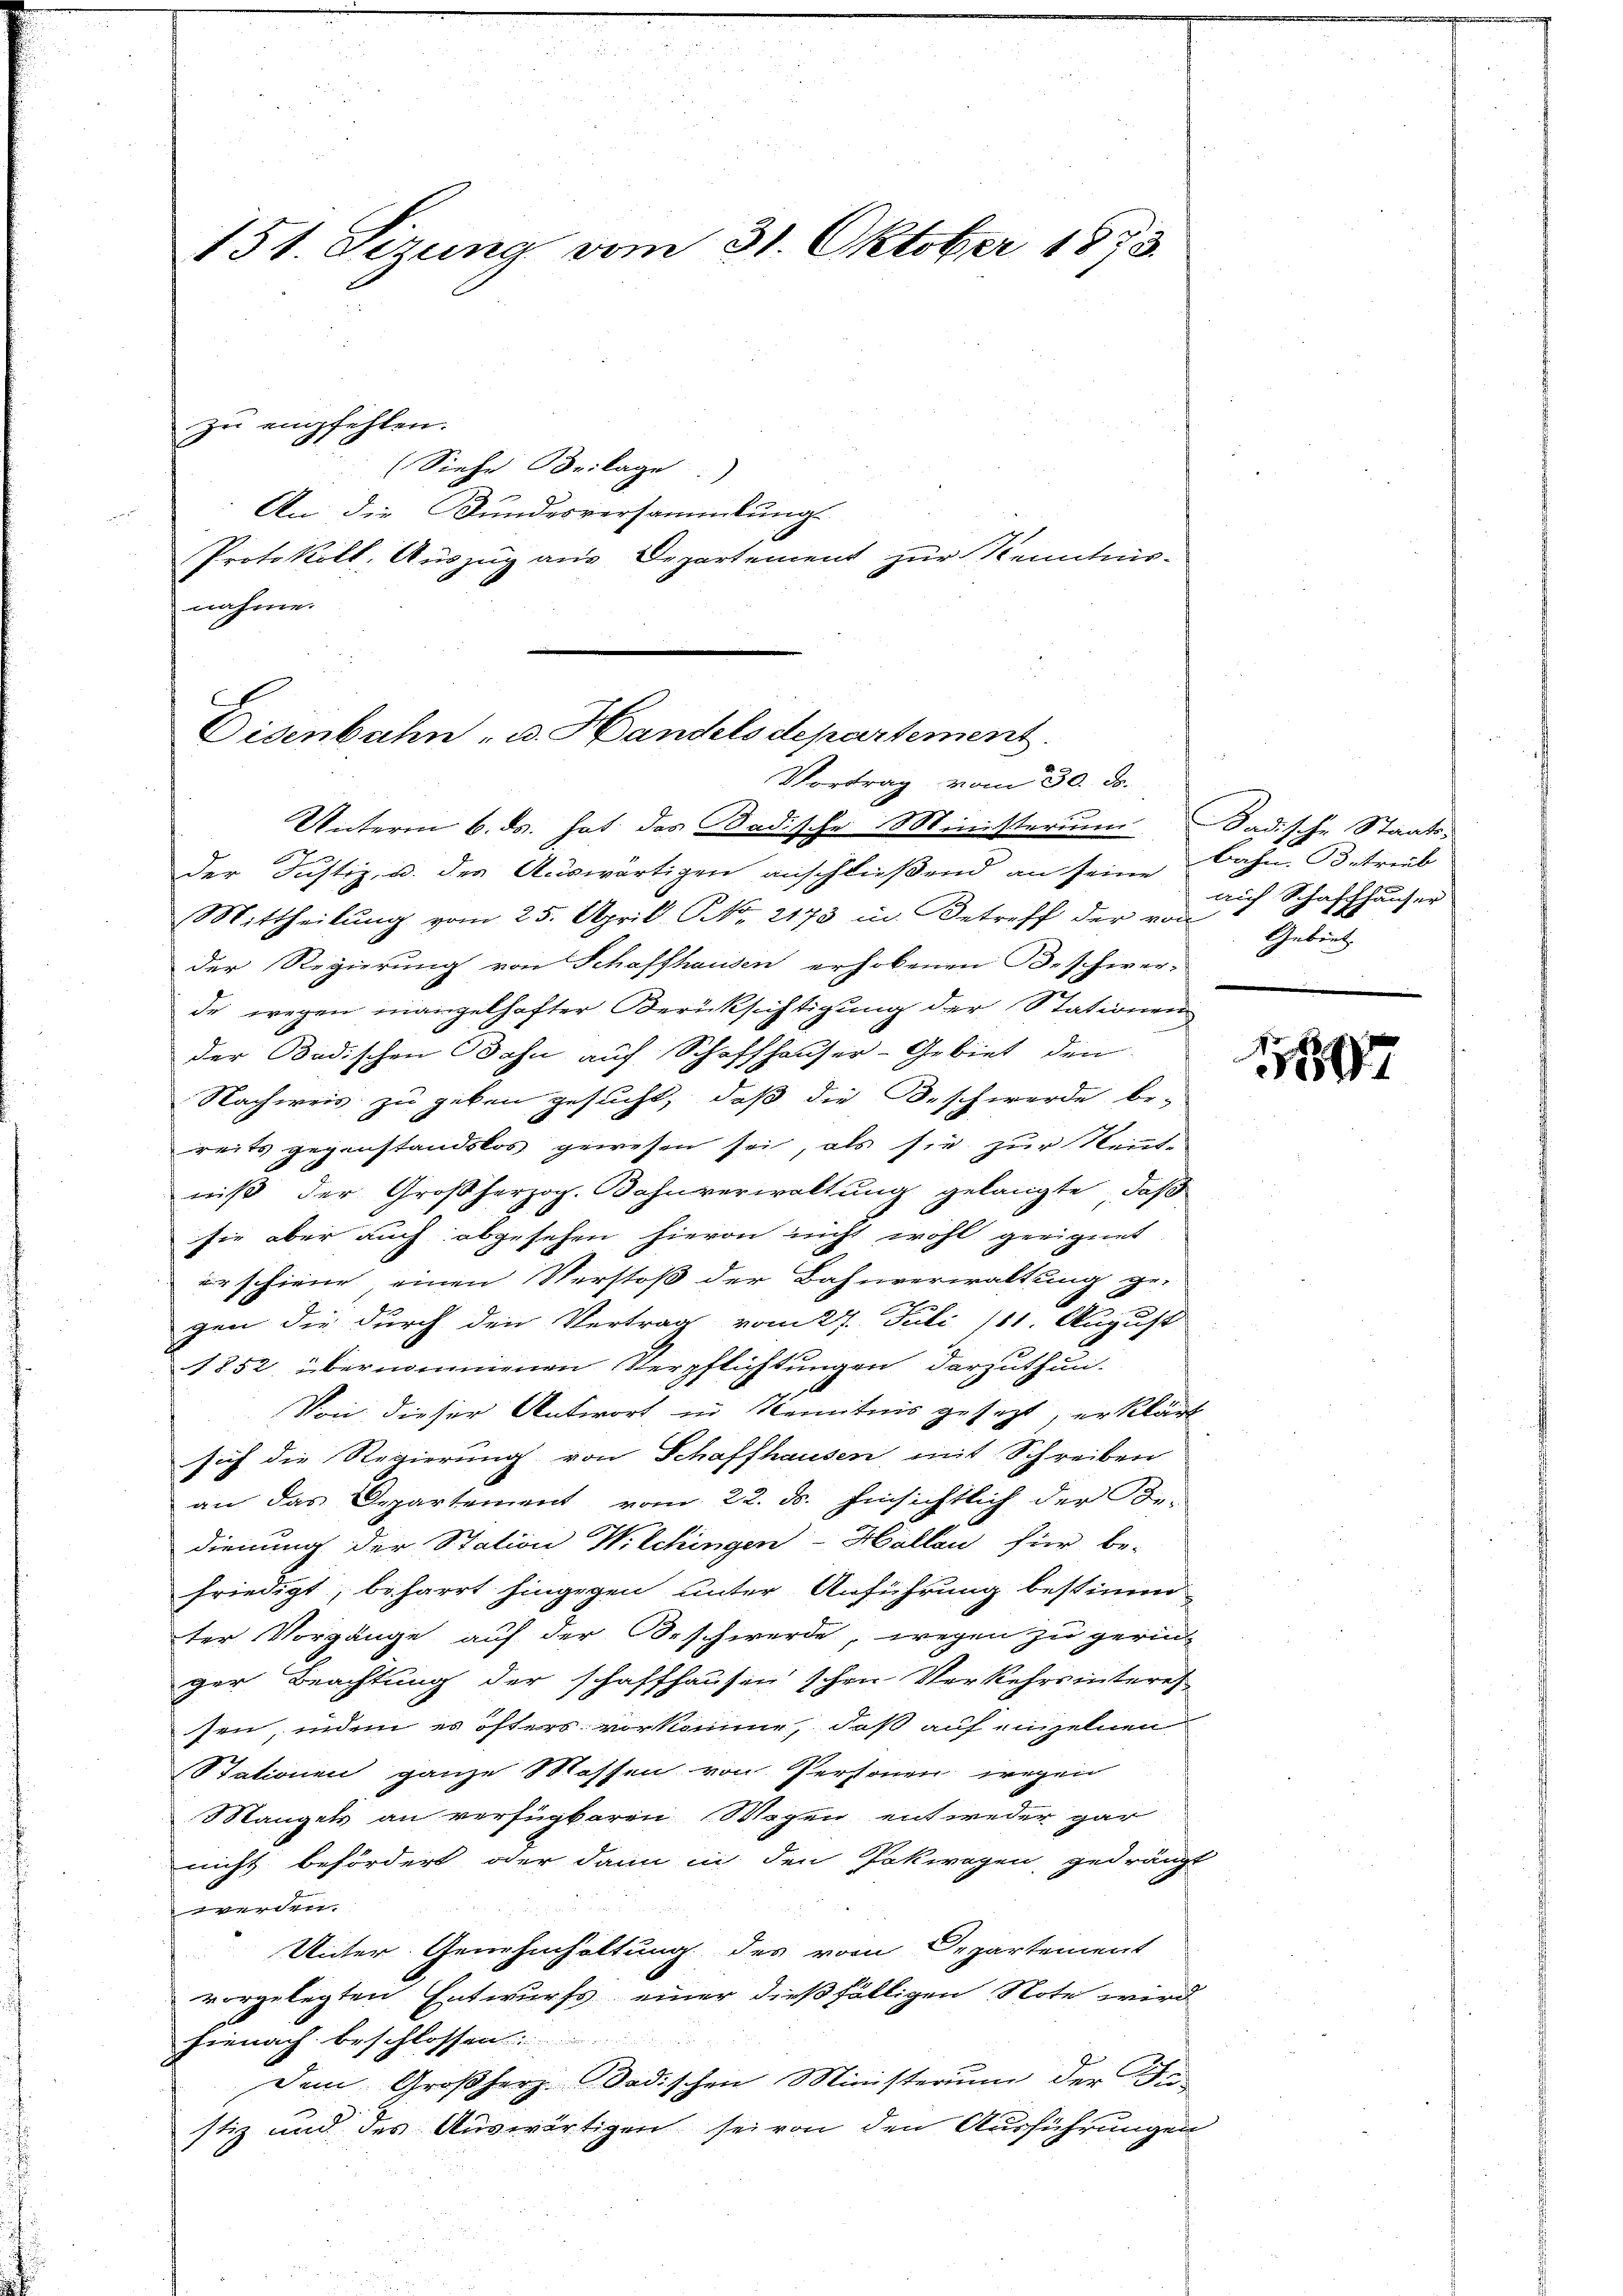
151. Sizung vom 31. Oktober 1873.
zu empfehlen.
(Siehe Beilage)

An die Bundesversammlung
Protokoll, Auszug aus Departement zur Kenntnisnahme.

Eisenbahn, u. Handels departement.
Vortrag vom 30. ds.

Unterm 6. ds. hat das Badische Ministerium Badische Staats-
der Justiz, u. der Auswärtigen anschließend an seine Bahn Betrieb
Mittheilŭng vom 25. April NNo. 2173 in Betreff der von Gebiet
der Regierung von Schaffhausen erhobenen Beschwer-
de wegen mangelhafter Berücksichtigung der Stationen
der Badischen Bahn auf Schaffhauser-Gebiet den
Nachweis zu geben gesucht, daß die Beschwerde be-
reits gegenstandslos gewesen sei, als sie zur Kennt-
niß der Großherzog. Bahnverwaltung gelangte, daß
sie aber auch abgesehen hievon nicht wohl geeignet
es schiene, einen Verstoß der Bahnverwaltung ge-
gen die durch den Vertrag vom 27. Juli 111. August
1852 übernommenen Verpflichtungen darzuthun.
Von dieser Antwort in Kenntnis gesezt, erklärt
sich die Regierung von Schaffhausen, mit Schreiben
an das Departement vom 22. ds. hinsichtlich der Be-
dienung der Station Wilchingen-Hallau für be-
friedigt, beharrt hingegen unter Anführung bestimm
ter Vorgänge auf der Beschwerde, wegen zu gerin
ger Beachtung der schaffhausen schon Verkehrsinteres
sen, inden es öfters vorkomme, daß auf einzelnen
Stationen ganze Massen von Personen wegen
Mangels an verfügbaren Wegen entweder gar
nicht befördert oder dann in den Pokwagen, gedrängt
werden.
Unter Genehmhaltung des vom Departement
vorgelegten Entwurfs einer dießfälligen Note wird
hienach beschlossen.
Dem Großherz-Badischen Ministerium der Fa-
stiz und des Auswärtigen sei von den Ausführungen

auf Schaffhauser

180